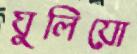
ঘুলিয়ো